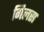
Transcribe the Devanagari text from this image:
गिलस